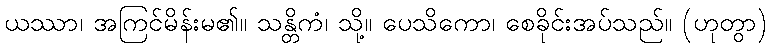
ယဿာ၊ အကြင်မိန်းမ၏။ သန္တိကံ၊ သို့။ ပေသိကော၊ စေခိုင်းအပ်သည်။ (ဟုတွာ)